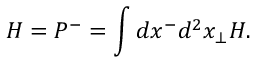
H = P ^ { - } = \int d x ^ { - } d ^ { 2 } x _ { \bot } { \cal H } .